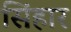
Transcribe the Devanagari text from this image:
सिंहार